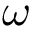
{ \boldsymbol \omega }